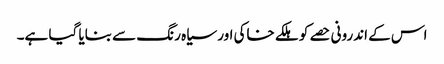
اس کے اندرونی حصے کو ہلکے خاکی اور سیاہ رنگ سے بنایا گیا ہے۔